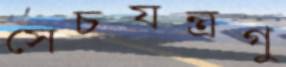
সেচযন্ত্রগু